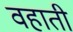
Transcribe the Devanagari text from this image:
वहाती